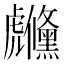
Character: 虪